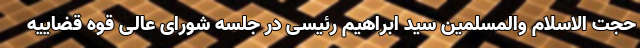
حجت الاسلام والمسلمین سید ابراهیم رئیسی در جلسه شورای عالی قوه قضاییه